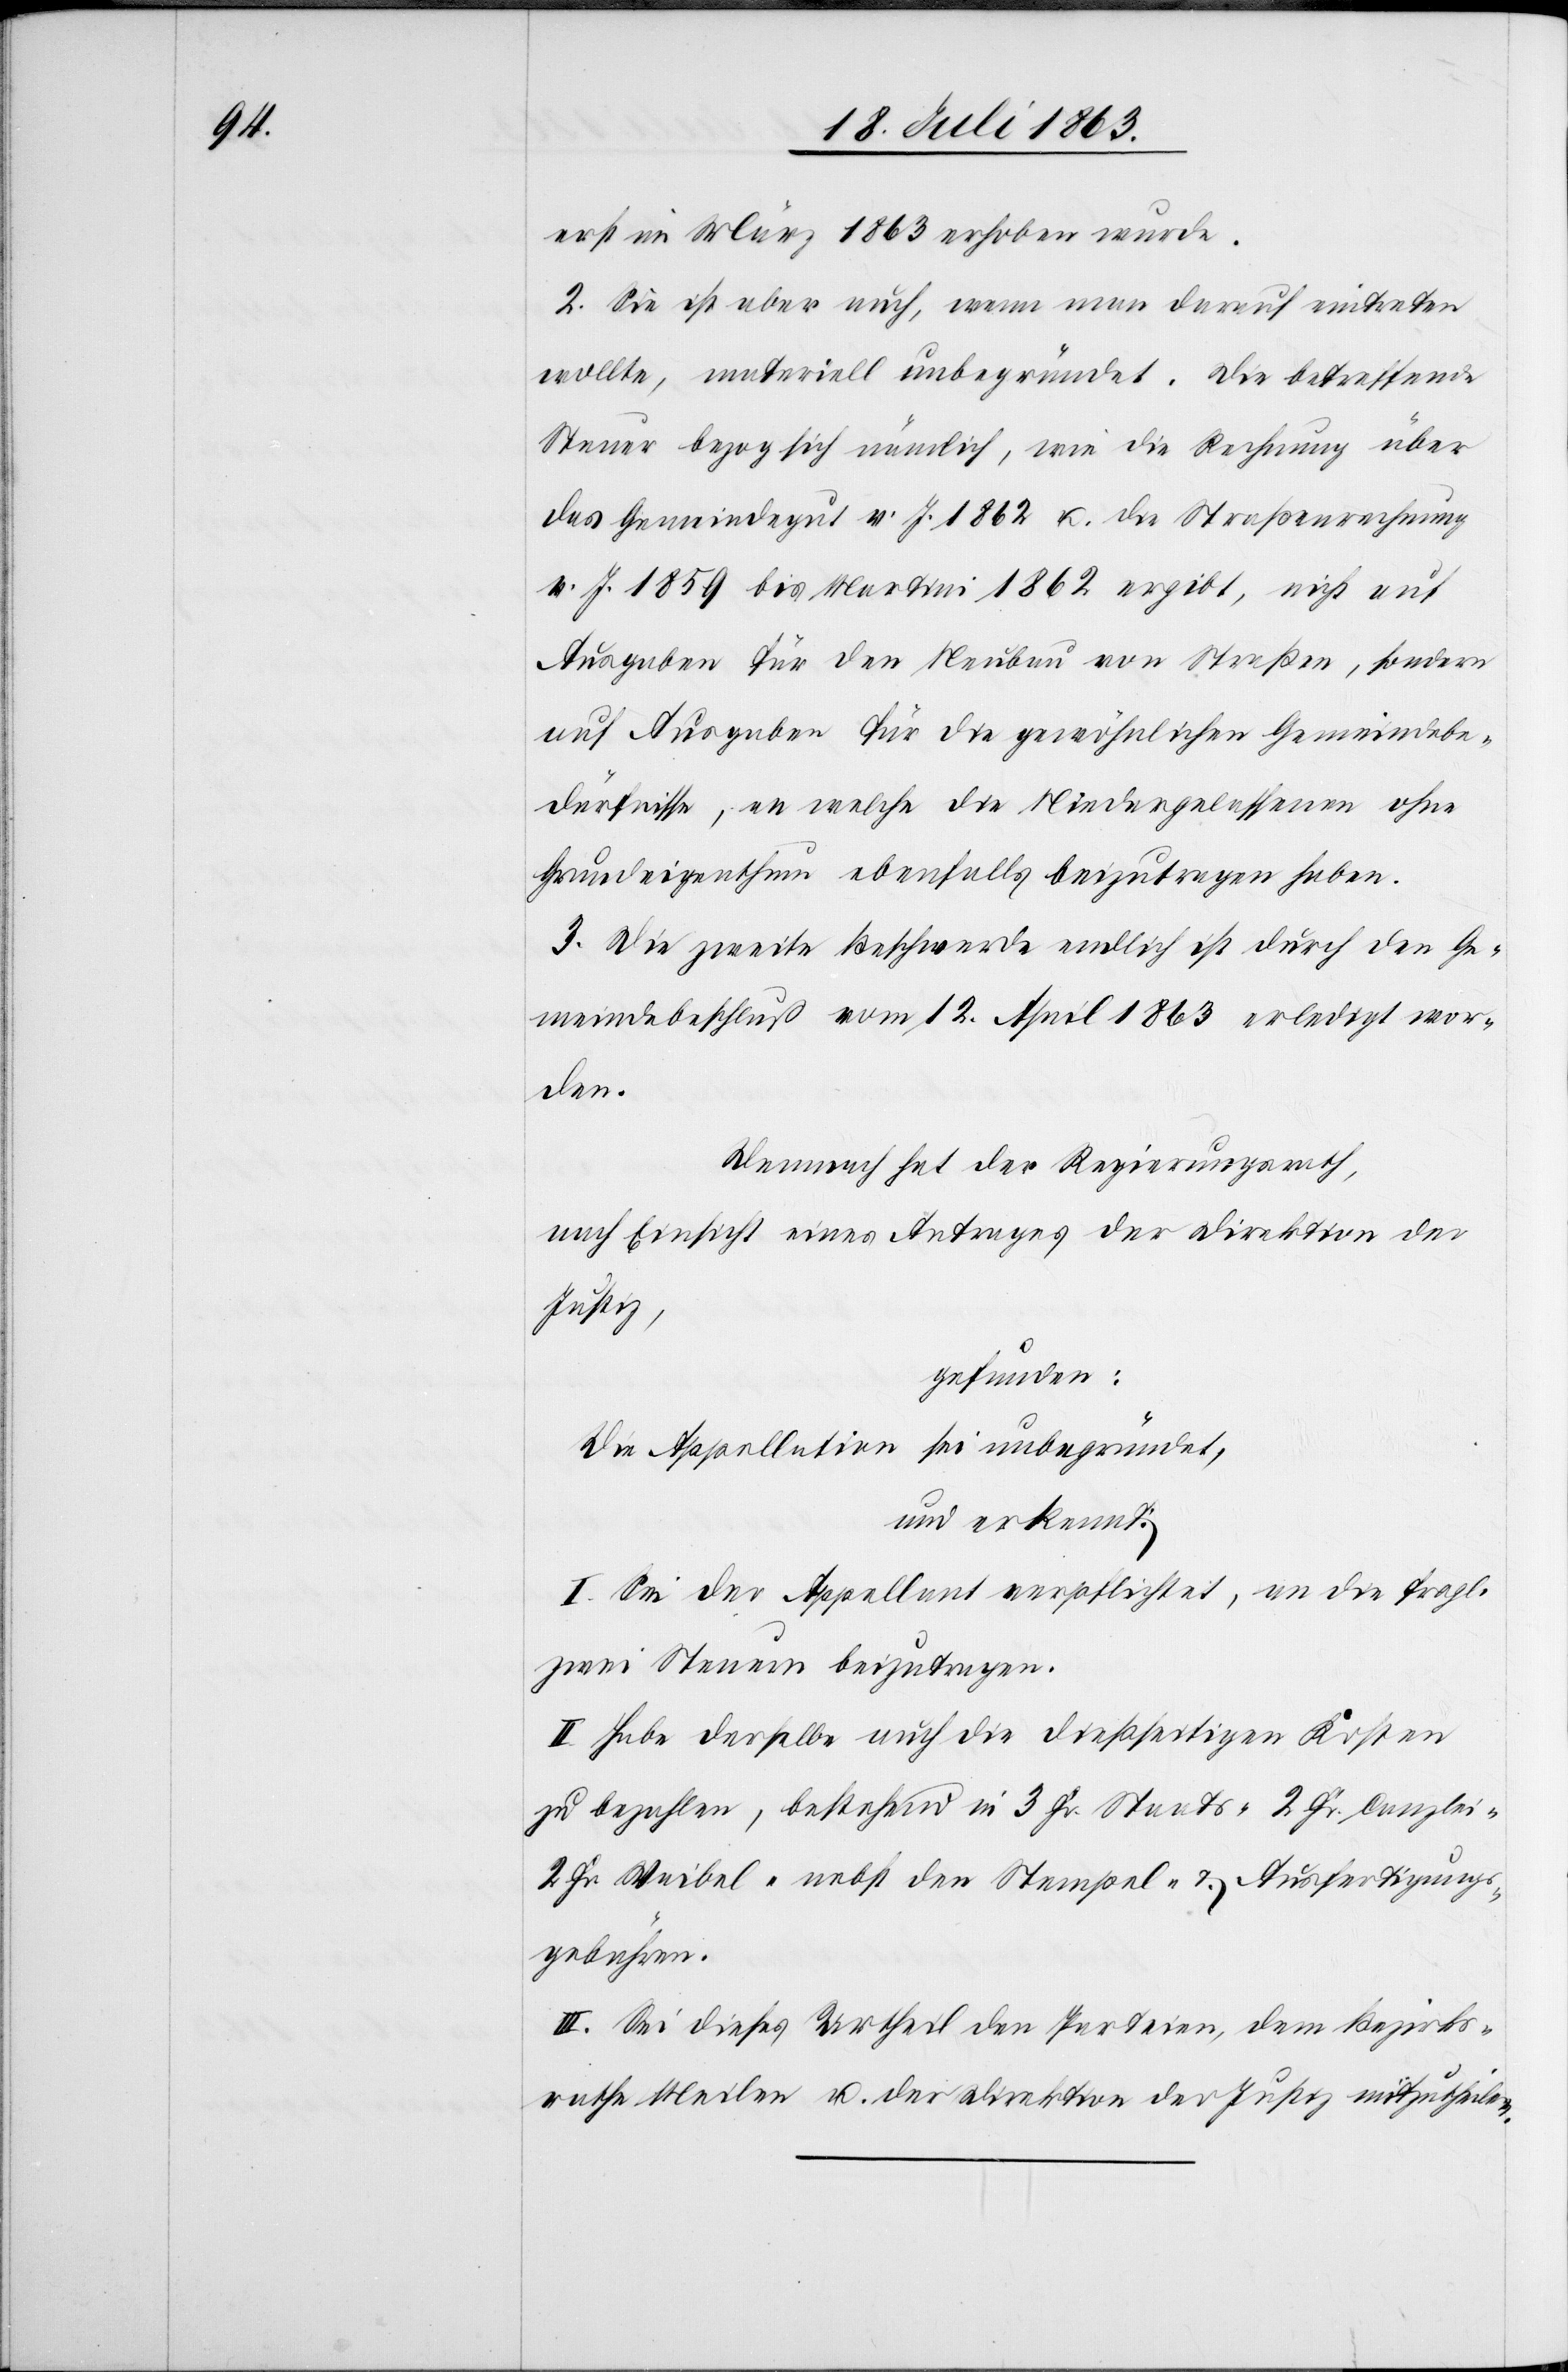
erst im März 1863 erhoben wurde.
2. Sie ist aber auch, wenn man darauf eintreten
wollte, materiell unbegründet. Die betreffende
Steuer bezog sich nämlich, wie die Rechnung über
das Gemeindegut v. J. 1862 u. die Straßenrechnung
v. J. 1859 bis Martini 1862 ergibt, nicht auf
Ausgaben für den Neubau von Straßen, sondern
auf Ausgaben für die gewöhnlichen Gemeindebe¬
dürfnisse, an welche die Niedergelassenen ohne
Grundeigenthum ebenfalls beizutragen haben.
3. Die zweite Beschwerde endlich ist durch den Ge¬
meindebeschluß vom 12. April 1863 erledigt wor¬
den.
Demnach hat der Regierungsrath,
nach Einsicht eines Antrages der Direktion der
Justiz,
gefunden:
Die Appellation sei unbegründet,
und erkennt:
I. Sei der Appellant verpflichtet, an die fragl.
zwei Steuern beizutragen.
II. Habe derselbe auch die dießseitigen Kosten
zu bezahlen, bestehend in 3 Fr. Staats-[,] 2 Fr. Canzlei-[,]
2 Fr. Waibel- nebst den Stempel- & Ausfertigungs¬
gebühren.
III. Sei dieses Urtheil den Parteien, dem Bezirks¬
rathe Meilen u. der Direktion der Justiz mitzutheilen.